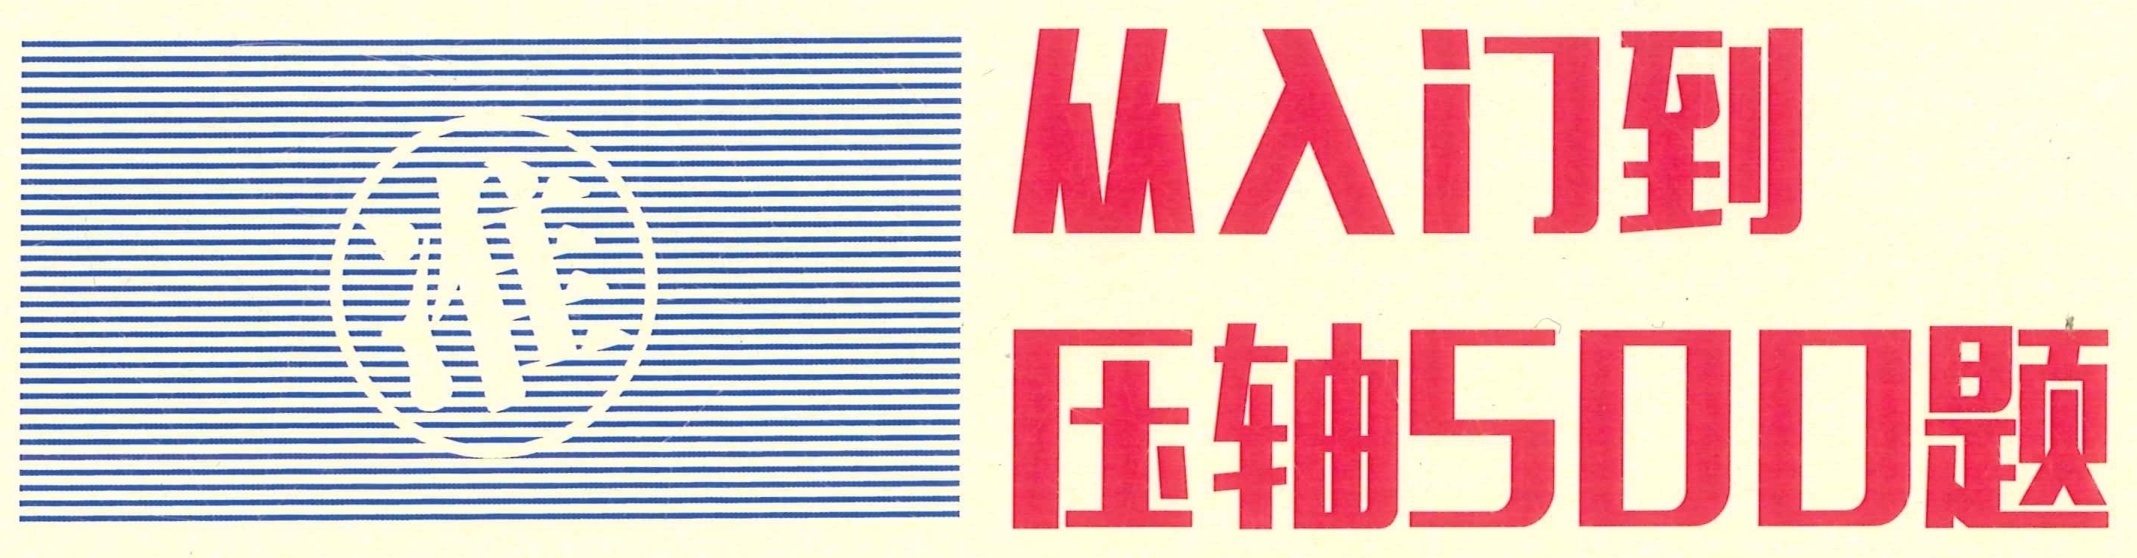
\begin{minipage}{0.4\textwidth}
\centering
\begin{tikzpicture}[scale=0.5]
\fill[blue!20] (0,0) rectangle (8,4);
\draw[white, line width=2pt] (1.5,1) arc (0:360:1);
\node[white,scale=3] at (1.5,1) {M};
\end{tikzpicture}
\end{minipage}
\begin{minipage}{0.6\textwidth}
\Large{\textcolor{red}{从入门到}}\\
\Large{\textcolor{red}{压轴500题}}
\end{minipage}